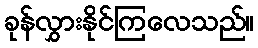
ခုန်လွှားနိုင်ကြလေသည်။